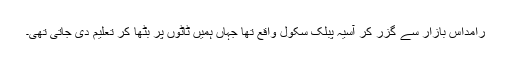
رامداس بازار سے گزر کر آسیہ پبلک سکول واقع تھا جہاں ہمیں ٹاٹوں پر بٹھا کر تعلیم دی جاتی تھی۔